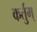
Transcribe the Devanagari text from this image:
कर्तुम्